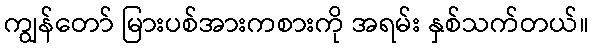
ကျွန်တော် မြားပစ်အားကစားကို အရမ်း နှစ်သက်တယ်။